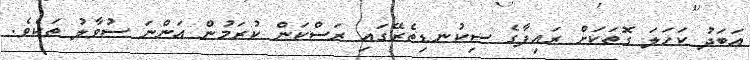
އަބަދު ކަހަލަ ގޮތަކަށް ރައިފާގެ ސިކުނޑިތެރޭގައި ރަސްކަން ކުރަމުން އަންނަ ސުވާލު ތަކެވެ.